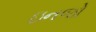
ઇનજો